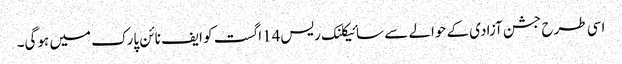
اسی طرح جشن آزادی کے حوالے سے سائیکلنک ریس14اگست کو ایف نائن پارک میں ہوگی۔